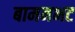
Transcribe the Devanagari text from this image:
बामनभट